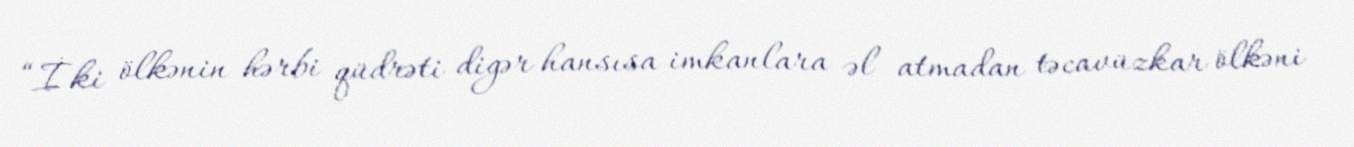
“İki ölkənin hərbi qüdrəti digər hansısa imkanlara əl atmadan təcavüzkar ölkəni